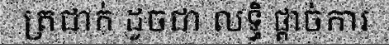
ត្រជាក់ ដូចជា លទ្ធិ ផ្តាច់ការ